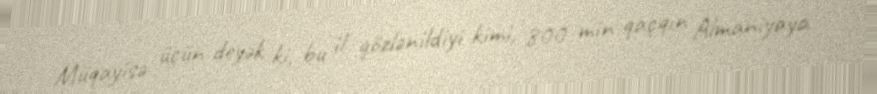
Müqayisə üçün deyək ki, bu il gözlənildiyi kimi, 800 min qaçqın Almaniyaya